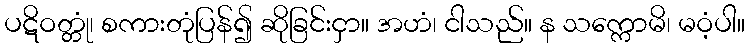
ပဋိဝတ္တုံ၊ စကားတုံပြန်၍ ဆိုခြင်းငှာ။ အဟံ၊ ငါသည်။ န သက္ကောမိ၊ မဝံ့ပါ။